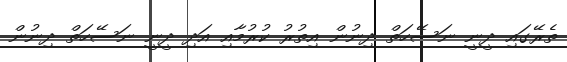
ތެރޭގައި ދީނީ ނަސޭހަތް ދިނުން އިތުރު ކުރުމާއި އަދި ދީނީ ނަސޭހަތް ދިނުން